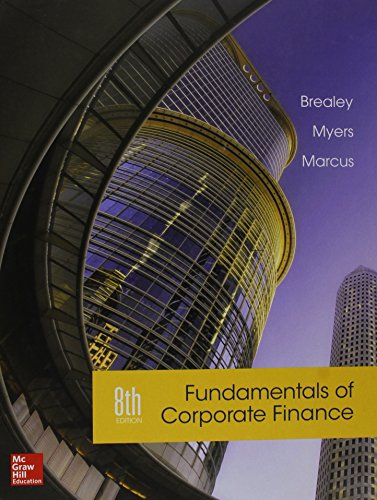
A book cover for Fundamentals of Corporate Finance; Richard Brealey; Business & Money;